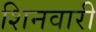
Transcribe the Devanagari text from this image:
शिनवारी